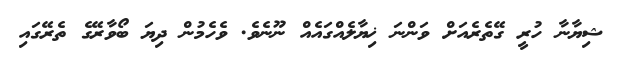
ޝިޔާނާ ހުރީ ގޭތެރެއަށް ވަންނަ ޚިޔާލެއްގައެއް ނޫނެވެ. ވެހެމުން ދިޔަ ބޯވާރޭގެ ތެރޭގައި